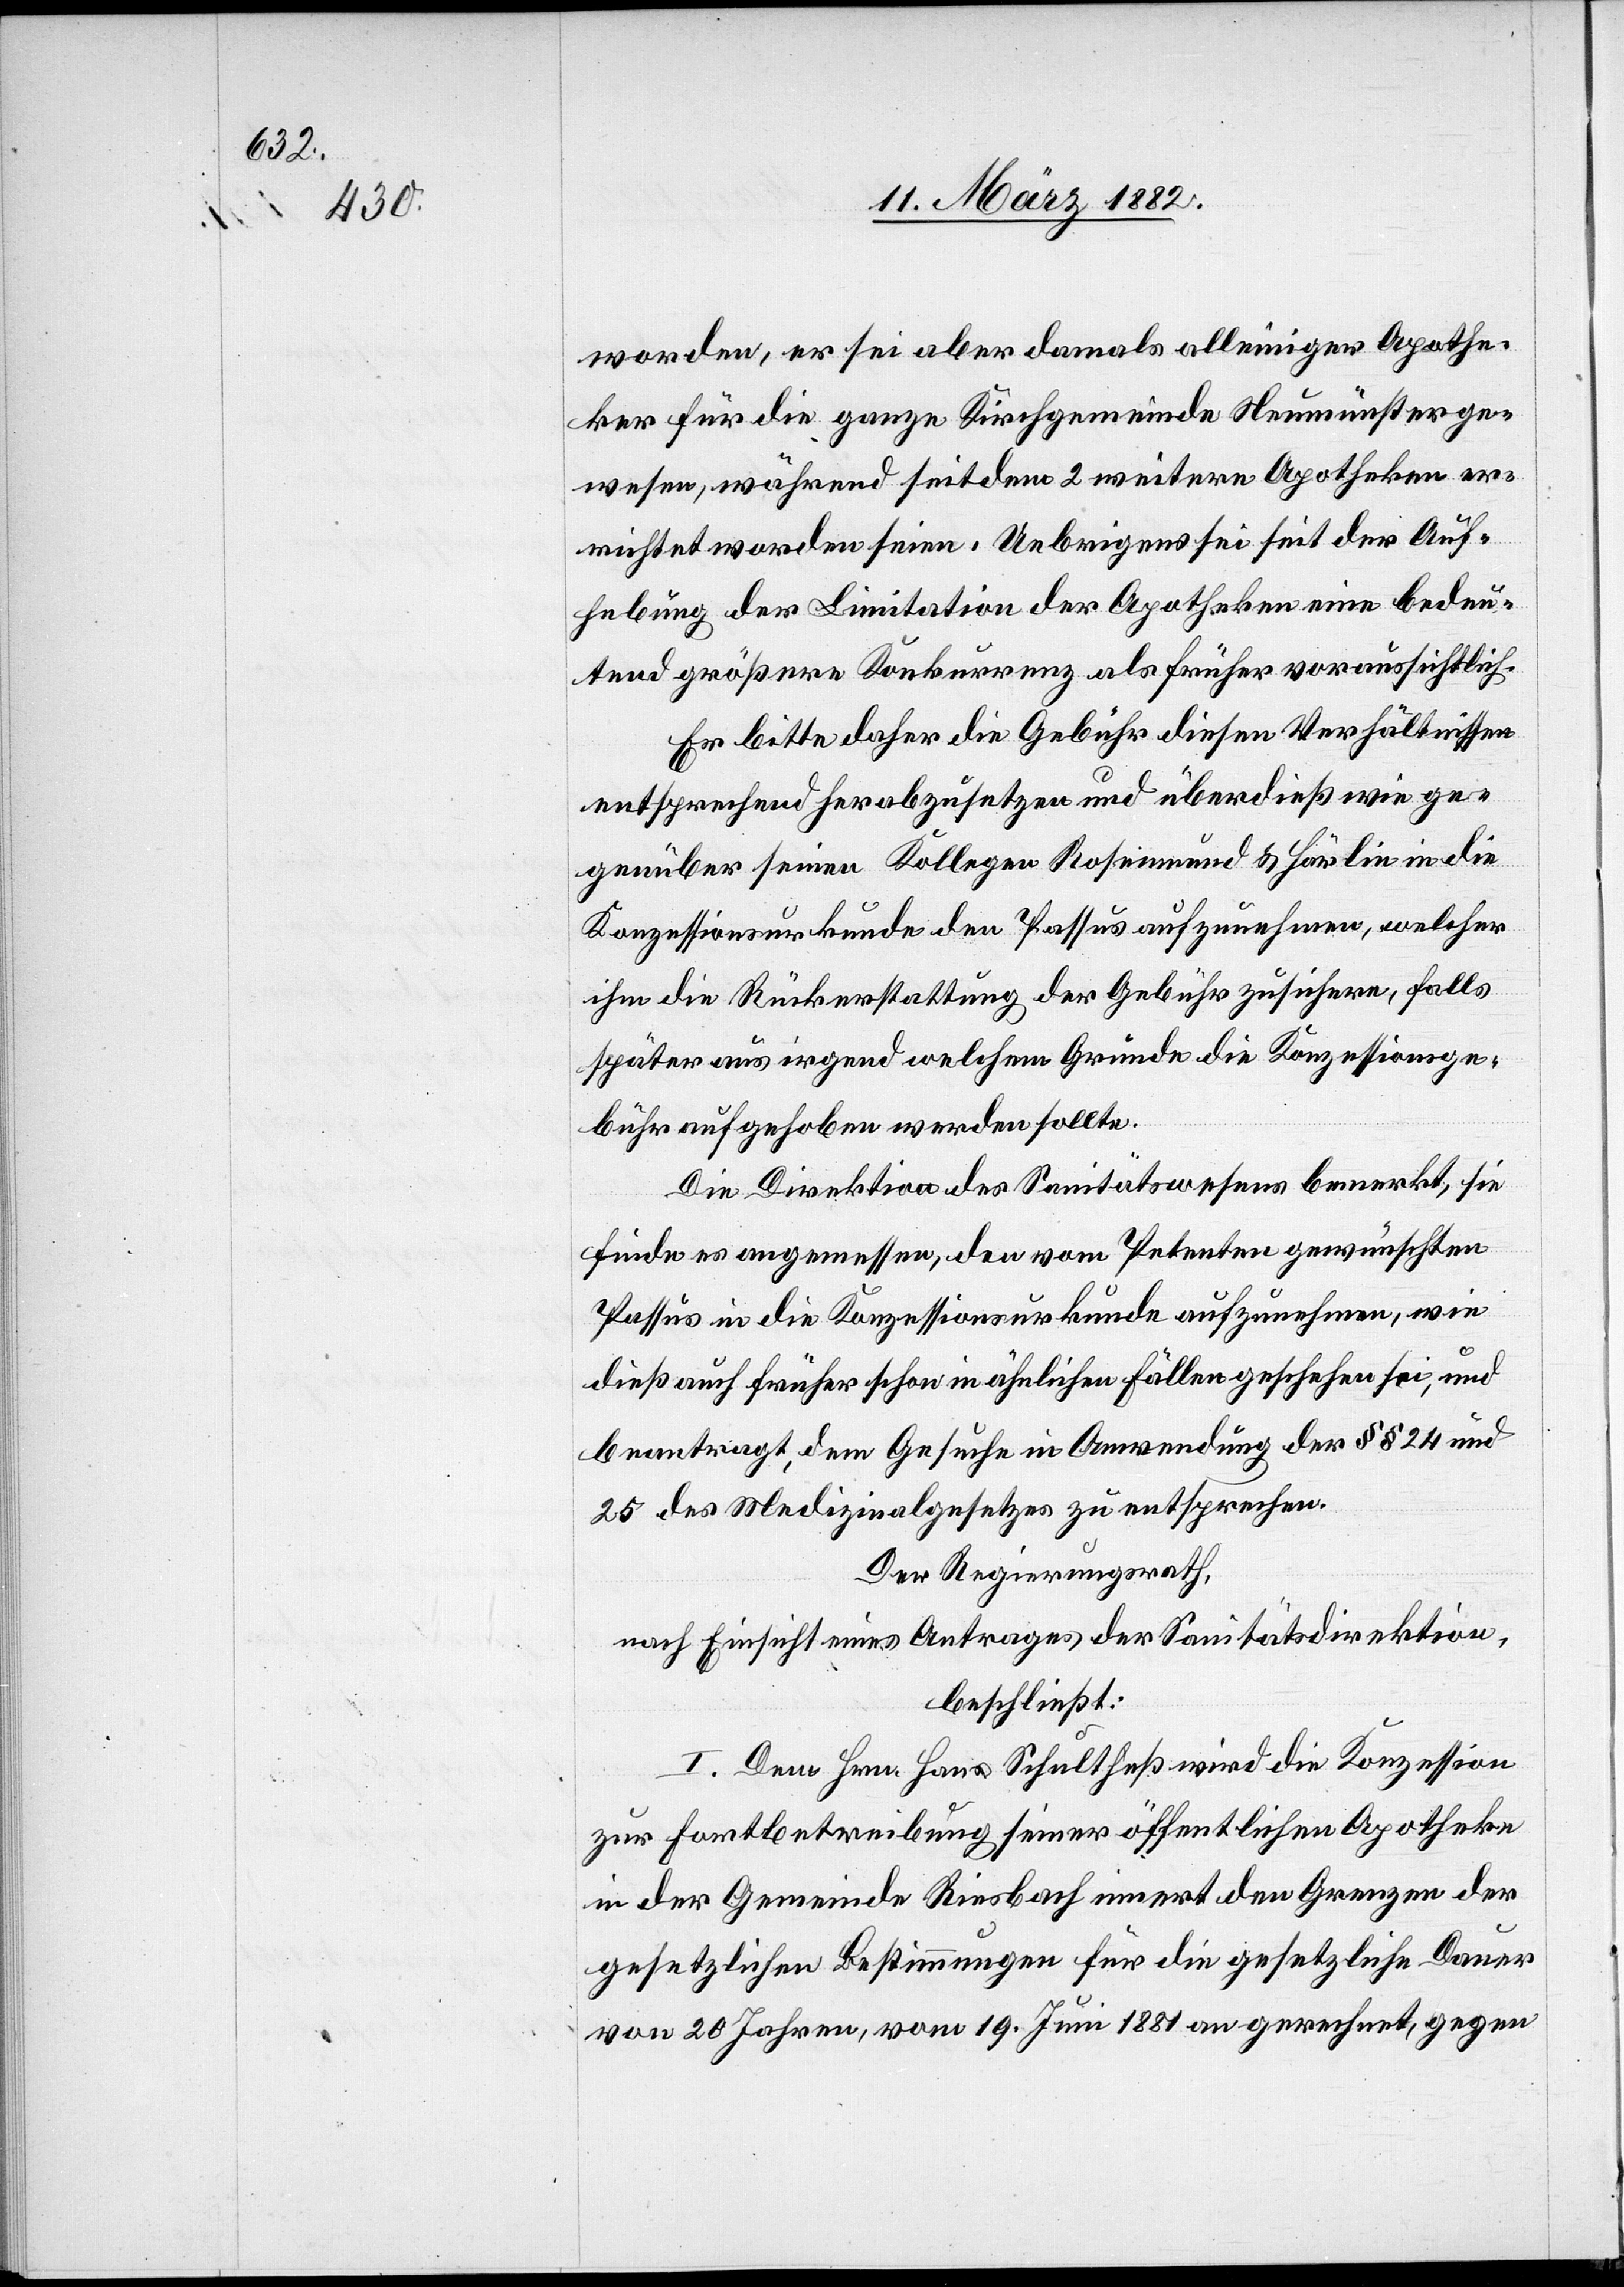
worden, er sei aber damals alleiniger Apothe¬
ker für die ganze Kirchgemeinde Neumünster ge¬
wesen, während seitdem 2 weitere Apotheken er¬
richtet worden seien. Uebrigens sei seit der Auf¬
hebung der Limitation der Apotheken eine bedeu¬
tend größere Konkurrenz als früher voraussichtlich.
Er bitte daher die Gebühr diesen Verhältnissen
entsprechend herabzusetzen und überdieß wie ge¬
genüber seinen Kollegen Rosenmund & Härlin in die
Konzessionsurkunde den Passus aufzunehmen, welcher
die Rückerstattung der Gebühr zusichere, falls
später aus irgend welchen Gründen die Konzessionsge¬
bühr aufgehoben werden sollte.
Die Direktion des Sanitätswesen bemerkt, sie
finde es angemessen, den vom Petenten gewünschten
Passus in die Konzessionsurkunde aufzunehmen, wie
dieß auch früher schon in ähnlichen Fällen geschehen sei, und
beantragt, dem Gesuche in Anwendung der §§ 24 und
25 des Medizinalgesetzes zu entsprechen.
Der Regierungsrath,
nach Einsicht eines Antrages der Sanitätsdirektion,
beschließt:
I. Dem Hrn. Hans Schultheß wird die Konzession
zur Fortbetreibung seiner öffentlichen Apotheke
in der Gemeinde Riesbach innert den Grenzen der
gesetzlichen Bestimmungen für die gesetzliche Dauer
von 20 Jahren, vom 19. Juni 1881 an gerechnet, gegen